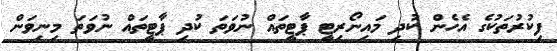
ފިކުރުތަކުގެ އެހެން ކުދި މައިނޯރިޓީ ޕާޓީތައް ނުވަތަ ކުދި ޕާޓީތައް ނުވަތަ މިނިވަން